Leningradi_Edasi_toimetus, lk 154
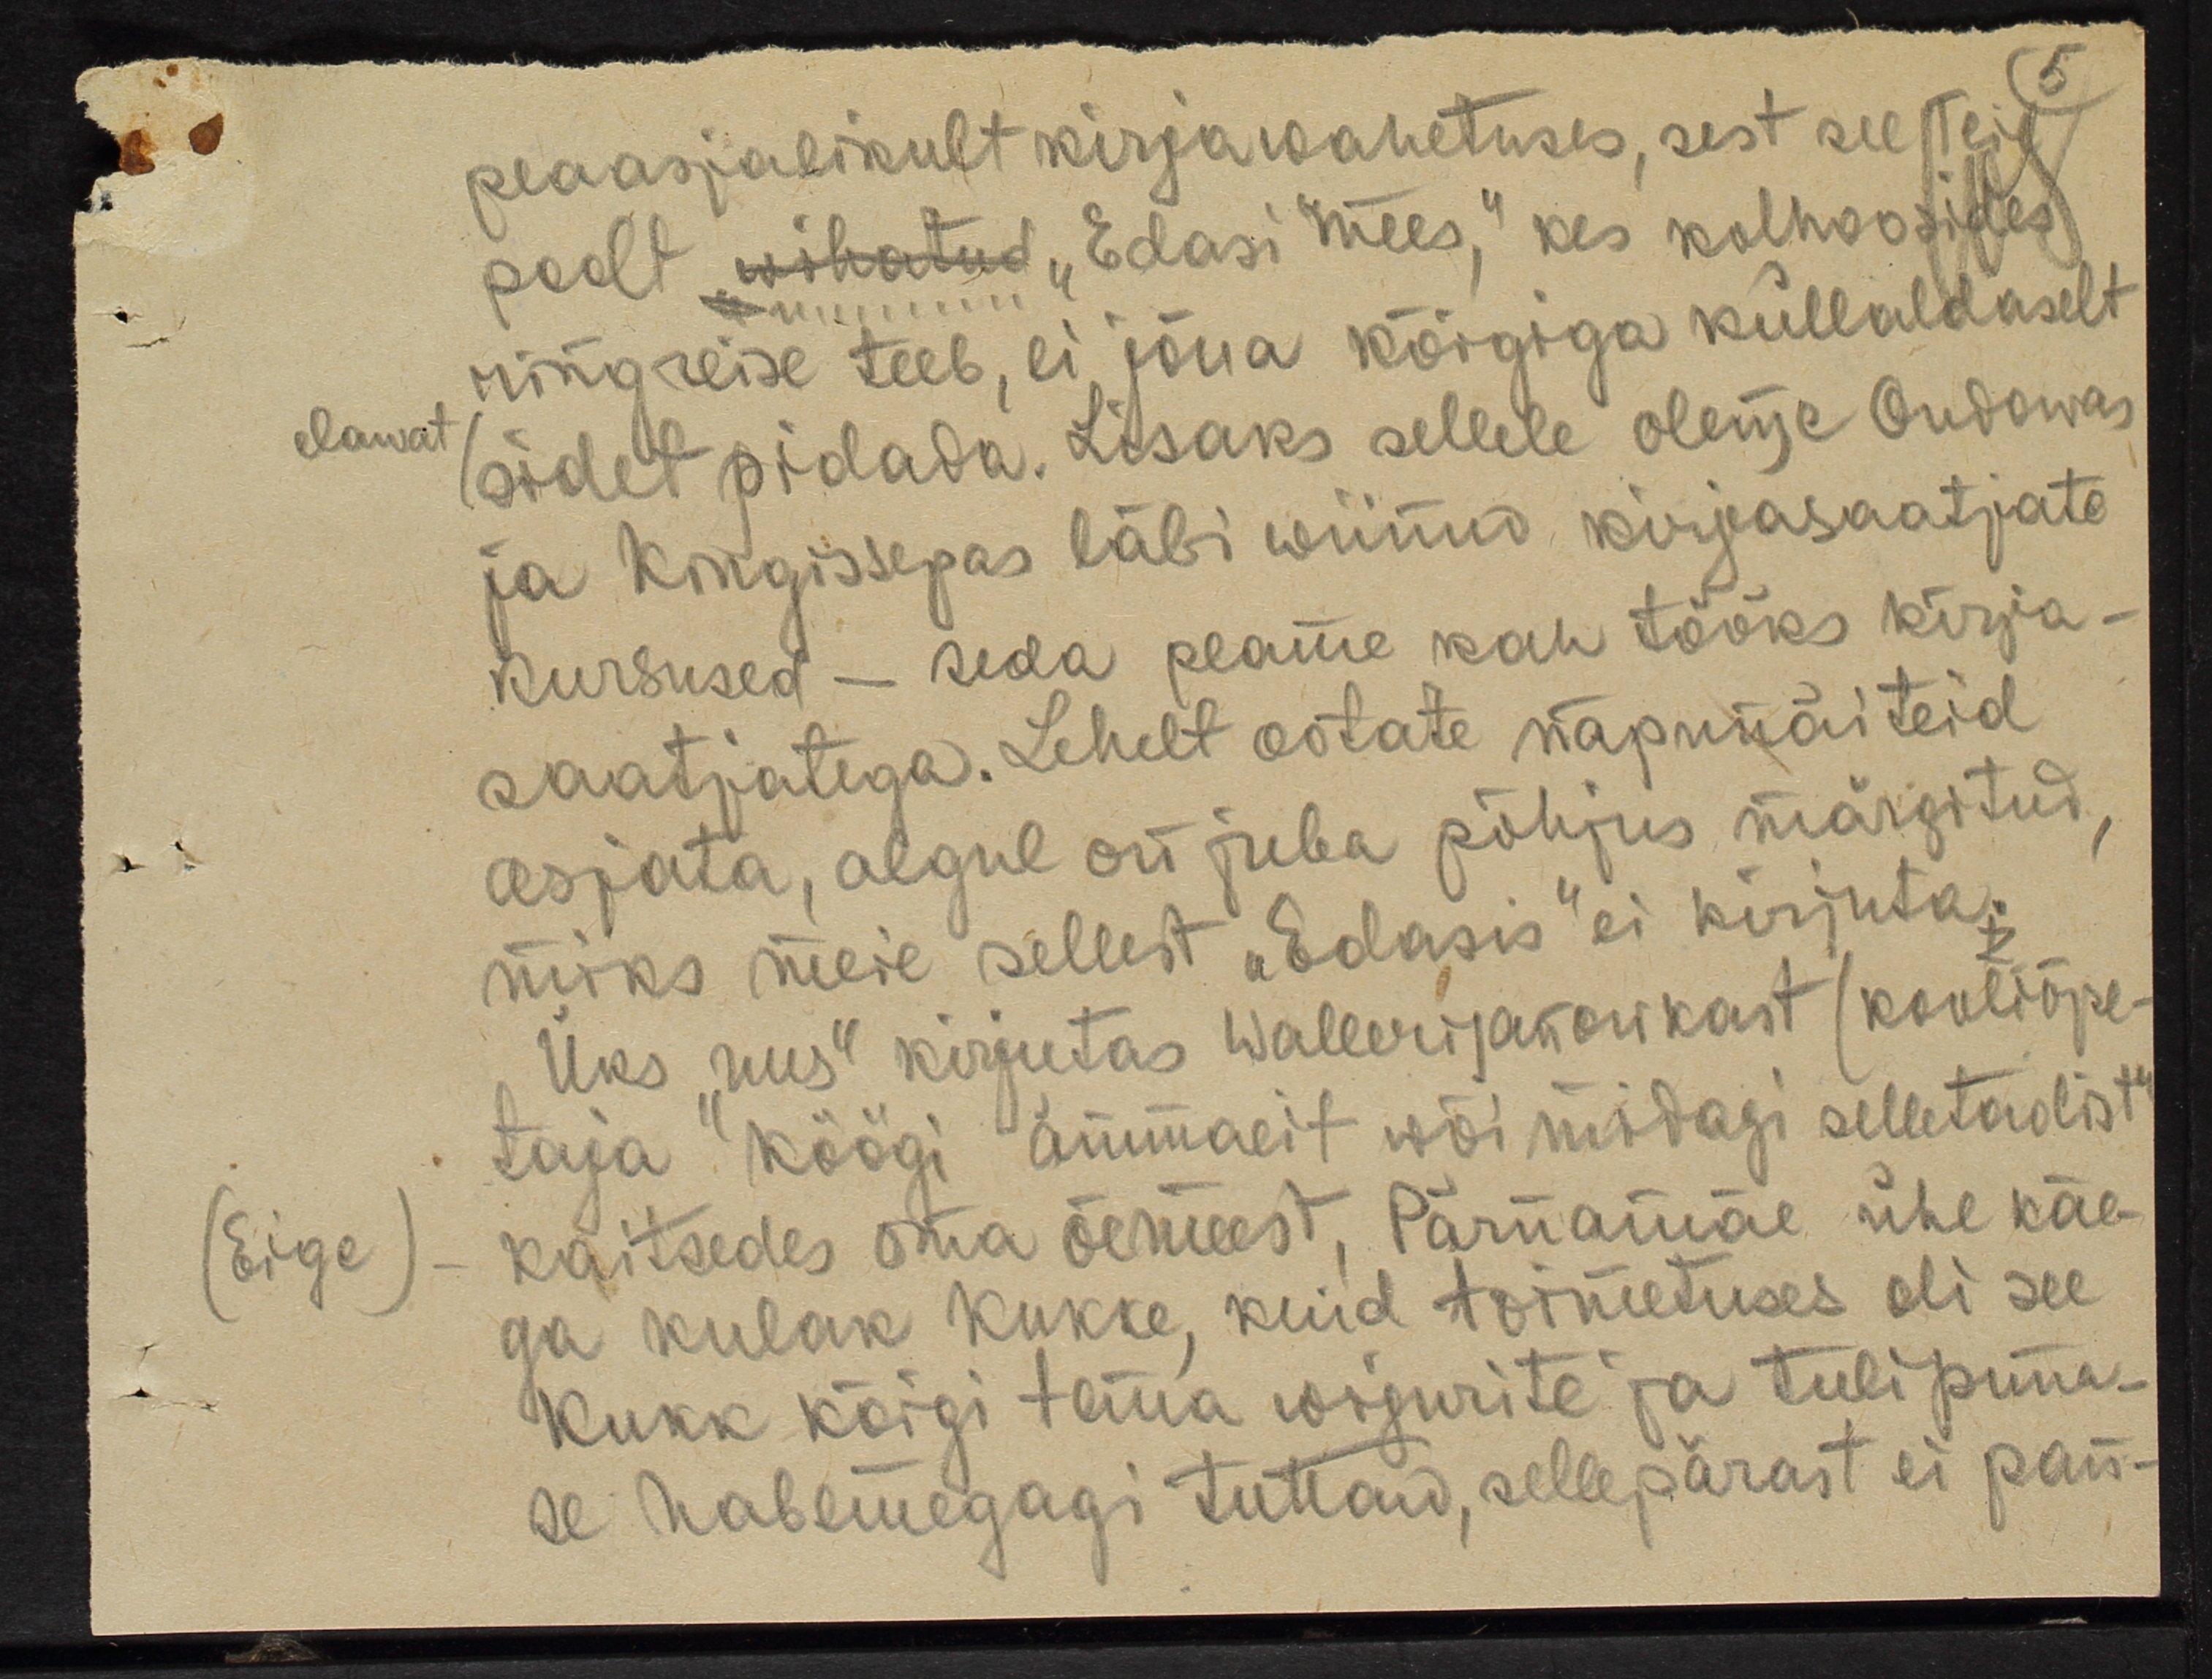
peaasjalikult kirjawahetuses, sest see Teie
poolt "wihatud, "Edasi mees," kes kolhoosides
ringreise teeb, ei jõua kõigiga küllaldaselt
elawat
sidet pidada. Lisaks sellele oleme Oudowas
ja Kingissepas läbi wiinud kirjasaatjate
kursused - seda peame kah tööks kirja-
saatjatega. Lehelt ootate näpunäiteid
asjata, algul on juba põhjus märgitud,
miks meie sellest "Edasis" ei kirjuta.
Üks "uus" kirjutas Wallerijanorikast (kooliõpe-
taja köögi ammaeit wõi midagi selletaolist"
(Eige)
kaitsedes oma õemeest, Pärnamäe ühe käe-
ga kulak Kukke, kuid toimetuses oli see
Kukk kõigi tema wigurite ja tulipuna-
se habemegagi tuttaw, sellepärast ei pan-